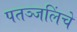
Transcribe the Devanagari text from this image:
पतञ्जलिंचे